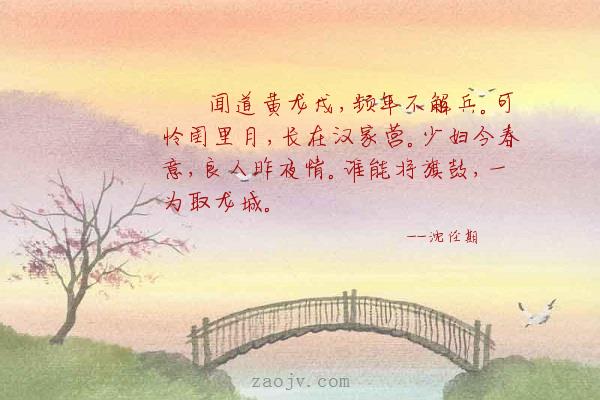
可怜闺里月，长在汉家营。